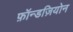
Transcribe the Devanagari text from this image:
फ़ॉन्डज़ियोन